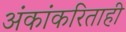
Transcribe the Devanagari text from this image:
अंकांकरिताही